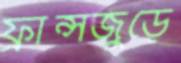
ফ্রান্সজুড়ে